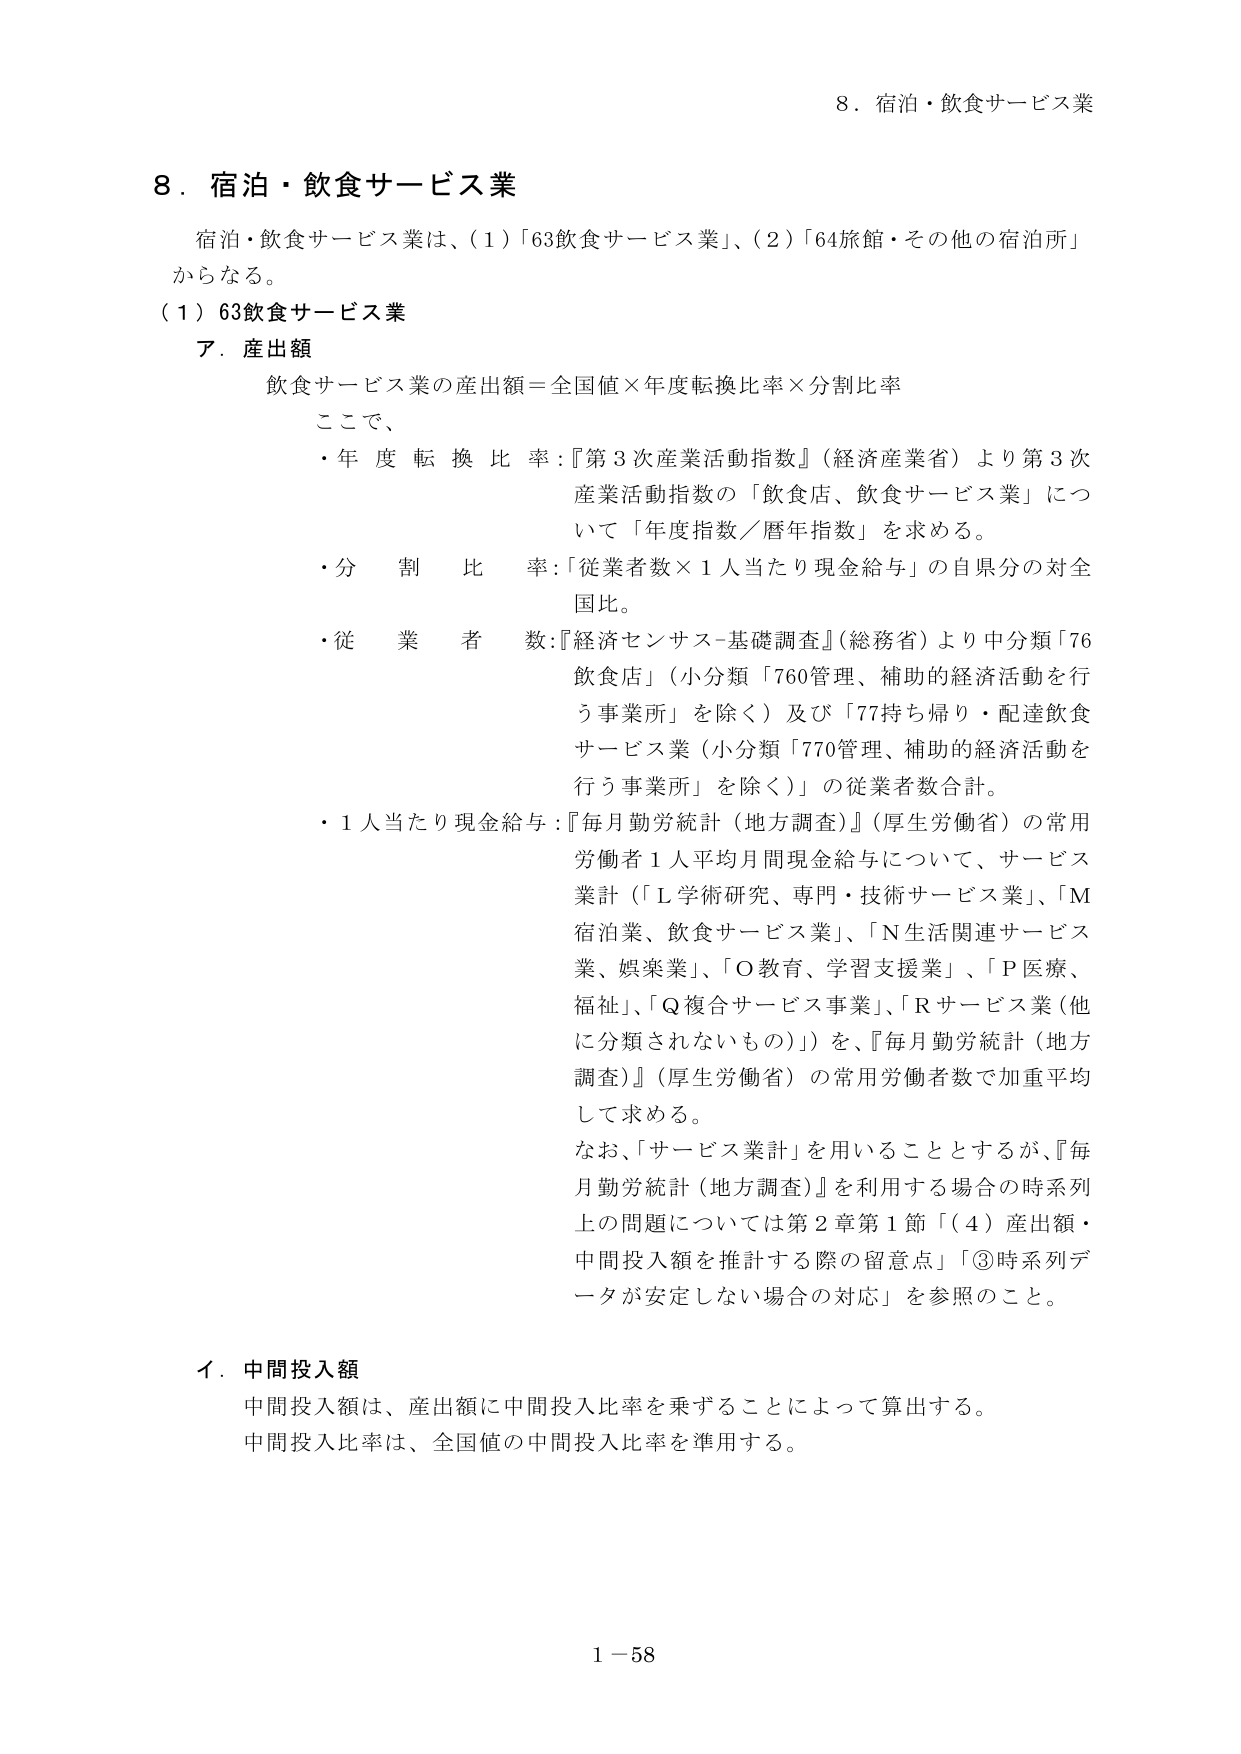
8．宿泊・飲食サービス業

8．宿泊・飲食サービス業
宿泊・飲食サービス業は、(1)「63飲食サービス業」、(2)「64旅館・その他の宿泊所」
からなる。
(1) 63飲食サービス業
ア．産出額
飲食サービス業の産出額＝全国値×年度転換比率×分割比率
ここで、
・年度転換比率：『第3次産業活動指数』（経済産業省）より第3次
産業活動指数の「飲食店、飲食サービス業」につ
いて「年度指数／暦年指数」を求める。
・分割比率：「従業者数×1人当たり現金給与」の自県分の対全
国比。
・従業者数：『経済センサス-基礎調査』（総務省）より中分類「76
飲食店」（小分類「760管理、補助的経済活動を行
う事業所」を除く）及び「77持ち帰り・配達飲食
サービス業（小分類「770管理、補助的経済活動を
行う事業所」を除く）」の従業者数合計。
・1人当たり現金給与：『毎月勤労統計（地方調査）』（厚生労働省）の常用
労働者1人平均月間現金給与について、サービス
業計（「L学術研究、専門・技術サービス業」、「M
宿泊業、飲食サービス業」、「N生活関連サービス
業、娯楽業」、「O教育、学習支援業」、「P医療、
福祉」、「Q複合サービス事業」、「Rサービス業（他
に分類されないもの）」）を、『毎月勤労統計（地方
調査）』（厚生労働省）の常用労働者数で加重平均
して求める。
なお、「サービス業計」を用いることとするが、『毎
月勤労統計（地方調査）』を利用する場合の時系列
上の問題については第2章第1節「(4)産出額・
中間投入額を推計する際の留意点」「③時系列デ
ータが安定しない場合の対応」を参照のこと。

イ．中間投入額
中間投入額は、産出額に中間投入比率を乗ずることによって算出する。
中間投入比率は、全国値の中間投入比率を準用する。

1－58